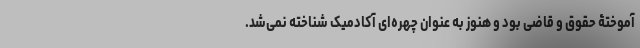
آموختۀ حقوق و قاضی بود و هنوز به عنوان چهره‌ای آکادمیک شناخته نمی‌شد.